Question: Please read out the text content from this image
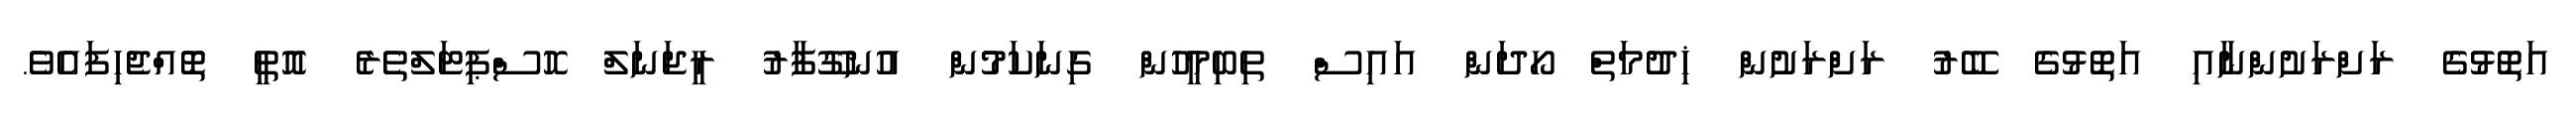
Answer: އަތޮޅުގެ ރަށްރަށުންނާއި އަތޮޅުގެ ބޭރު ރަށްރަށުން ޚިދުމަތް ހޯދަން އައިސް ތިބިމީހުން ގިނަކަމުން އުނގޫފާރު ރީޖަނަލް ހޮސްޕިޓަލްތެރެ އޮތީ ތޮއްޖެހިފައެވެ.